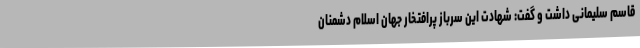
قاسم سلیمانی داشت و گفت: شهادت این سرباز پرافتخار جهان اسلام دشمنان